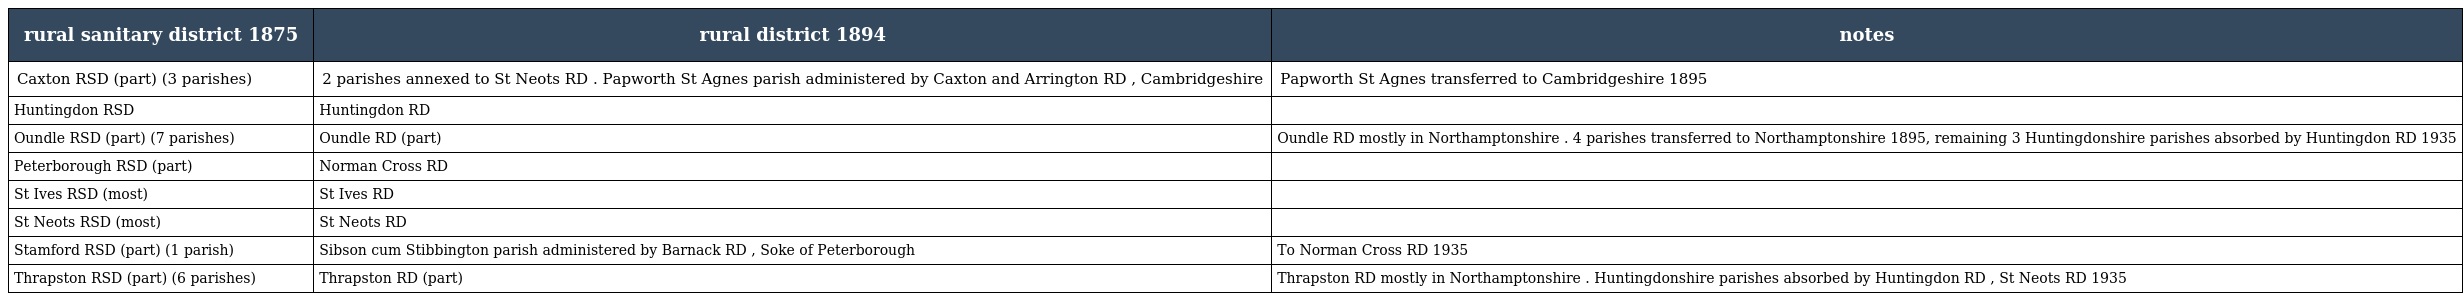
| rural sanitary district 1875 | rural district 1894 | notes |
 | --- | --- | --- |
 | Caxton RSD (part) (3 parishes) | 2 parishes annexed to St Neots RD . Papworth St Agnes parish administered by Caxton and Arrington RD , Cambridgeshire | Papworth St Agnes transferred to Cambridgeshire 1895 |
 | Huntingdon RSD | Huntingdon RD |  |
 | Oundle RSD (part) (7 parishes) | Oundle RD (part) | Oundle RD mostly in Northamptonshire . 4 parishes transferred to Northamptonshire 1895, remaining 3 Huntingdonshire parishes absorbed by Huntingdon RD 1935 |
 | Peterborough RSD (part) | Norman Cross RD |  |
 | St Ives RSD (most) | St Ives RD |  |
 | St Neots RSD (most) | St Neots RD |  |
 | Stamford RSD (part) (1 parish) | Sibson cum Stibbington parish administered by Barnack RD , Soke of Peterborough | To Norman Cross RD 1935 |
 | Thrapston RSD (part) (6 parishes) | Thrapston RD (part) | Thrapston RD mostly in Northamptonshire . Huntingdonshire parishes absorbed by Huntingdon RD , St Neots RD 1935 |